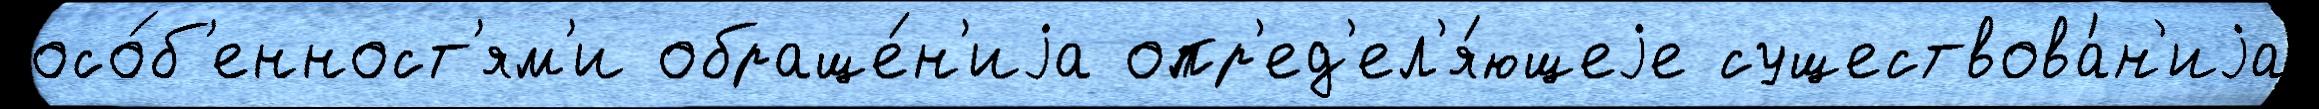
осо́б'енност'ям'и обраще́н'иjа опр'ед'ел'я́ющеjе существова́н'иjа